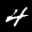
Label: 4